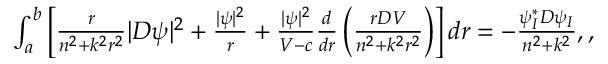
\begin{array} { r } { \int _ { a } ^ { b } \left[ \frac { r } { n ^ { 2 } + k ^ { 2 } r ^ { 2 } } | D \psi | ^ { 2 } + \frac { | \psi | ^ { 2 } } { r } + \frac { | \psi | ^ { 2 } } { V - c } \frac { d } { d r } \left( \frac { r D V } { n ^ { 2 } + k ^ { 2 } r ^ { 2 } } \right) \right] d r = - \frac { \psi _ { I } ^ { * } D \psi _ { I } } { n ^ { 2 } + k ^ { 2 } } , , } \end{array}